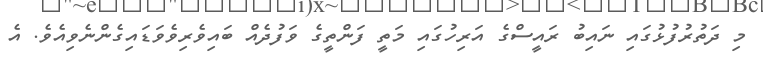
މި ދަތުރުފުޅުގައި ނައިބު ރައީސްގެ އަރިހުގައި މަތީ ފަންތީގެ ވަފުދެއް ބައިވެރިވެވަޑައިގެންނެވިއެވެ. އެ